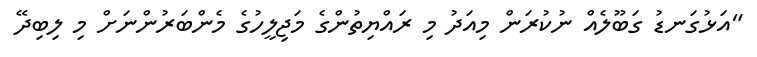
"އަޅުގަނޑު ގަބޫލެއް ނުކުރަން މިއަދު މި ރައްޔިތުންގެ މަޖިލީހުގެ މެންބަރުންނަށް މި ލިބިދޭ